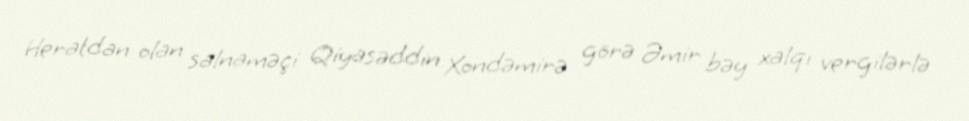
Heratdan olan salnaməçi Qiyasəddin Xondəmirə görə Əmir bəy xalqı vergilərlə